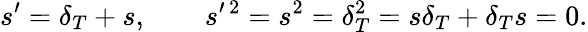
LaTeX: s^{\prime}=\delta_{T}+s,\quad\quad s^{\prime\, 2}=s^{2}=\delta_{T}^{2}=s\delta_{T}+\delta_{T}s=0.